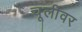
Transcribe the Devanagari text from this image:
चूलीवर